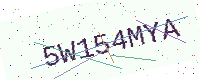
Text: 5W154MYA